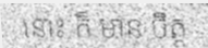
នោះ ក៏ មាន ចិត្ត